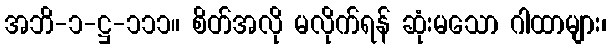
အဘိ-၁-ဋ္ဌ-၁၁၁။ စိတ်အလို မလိုက်ရန် ဆုံးမသော ဂါထာများ၊